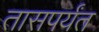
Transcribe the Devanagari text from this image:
तासपर्यंत